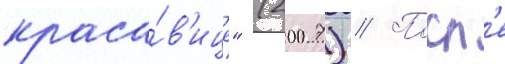
краса́в'ице" (2007) // Посл'е